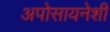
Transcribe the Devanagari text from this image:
अपोसायनेशी